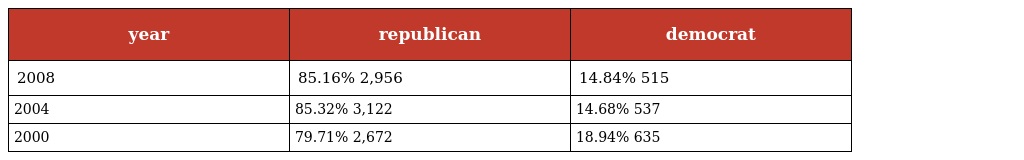
| year | republican | democrat |
 | --- | --- | --- |
 | 2008 | 85.16% 2,956 | 14.84% 515 |
 | 2004 | 85.32% 3,122 | 14.68% 537 |
 | 2000 | 79.71% 2,672 | 18.94% 635 |